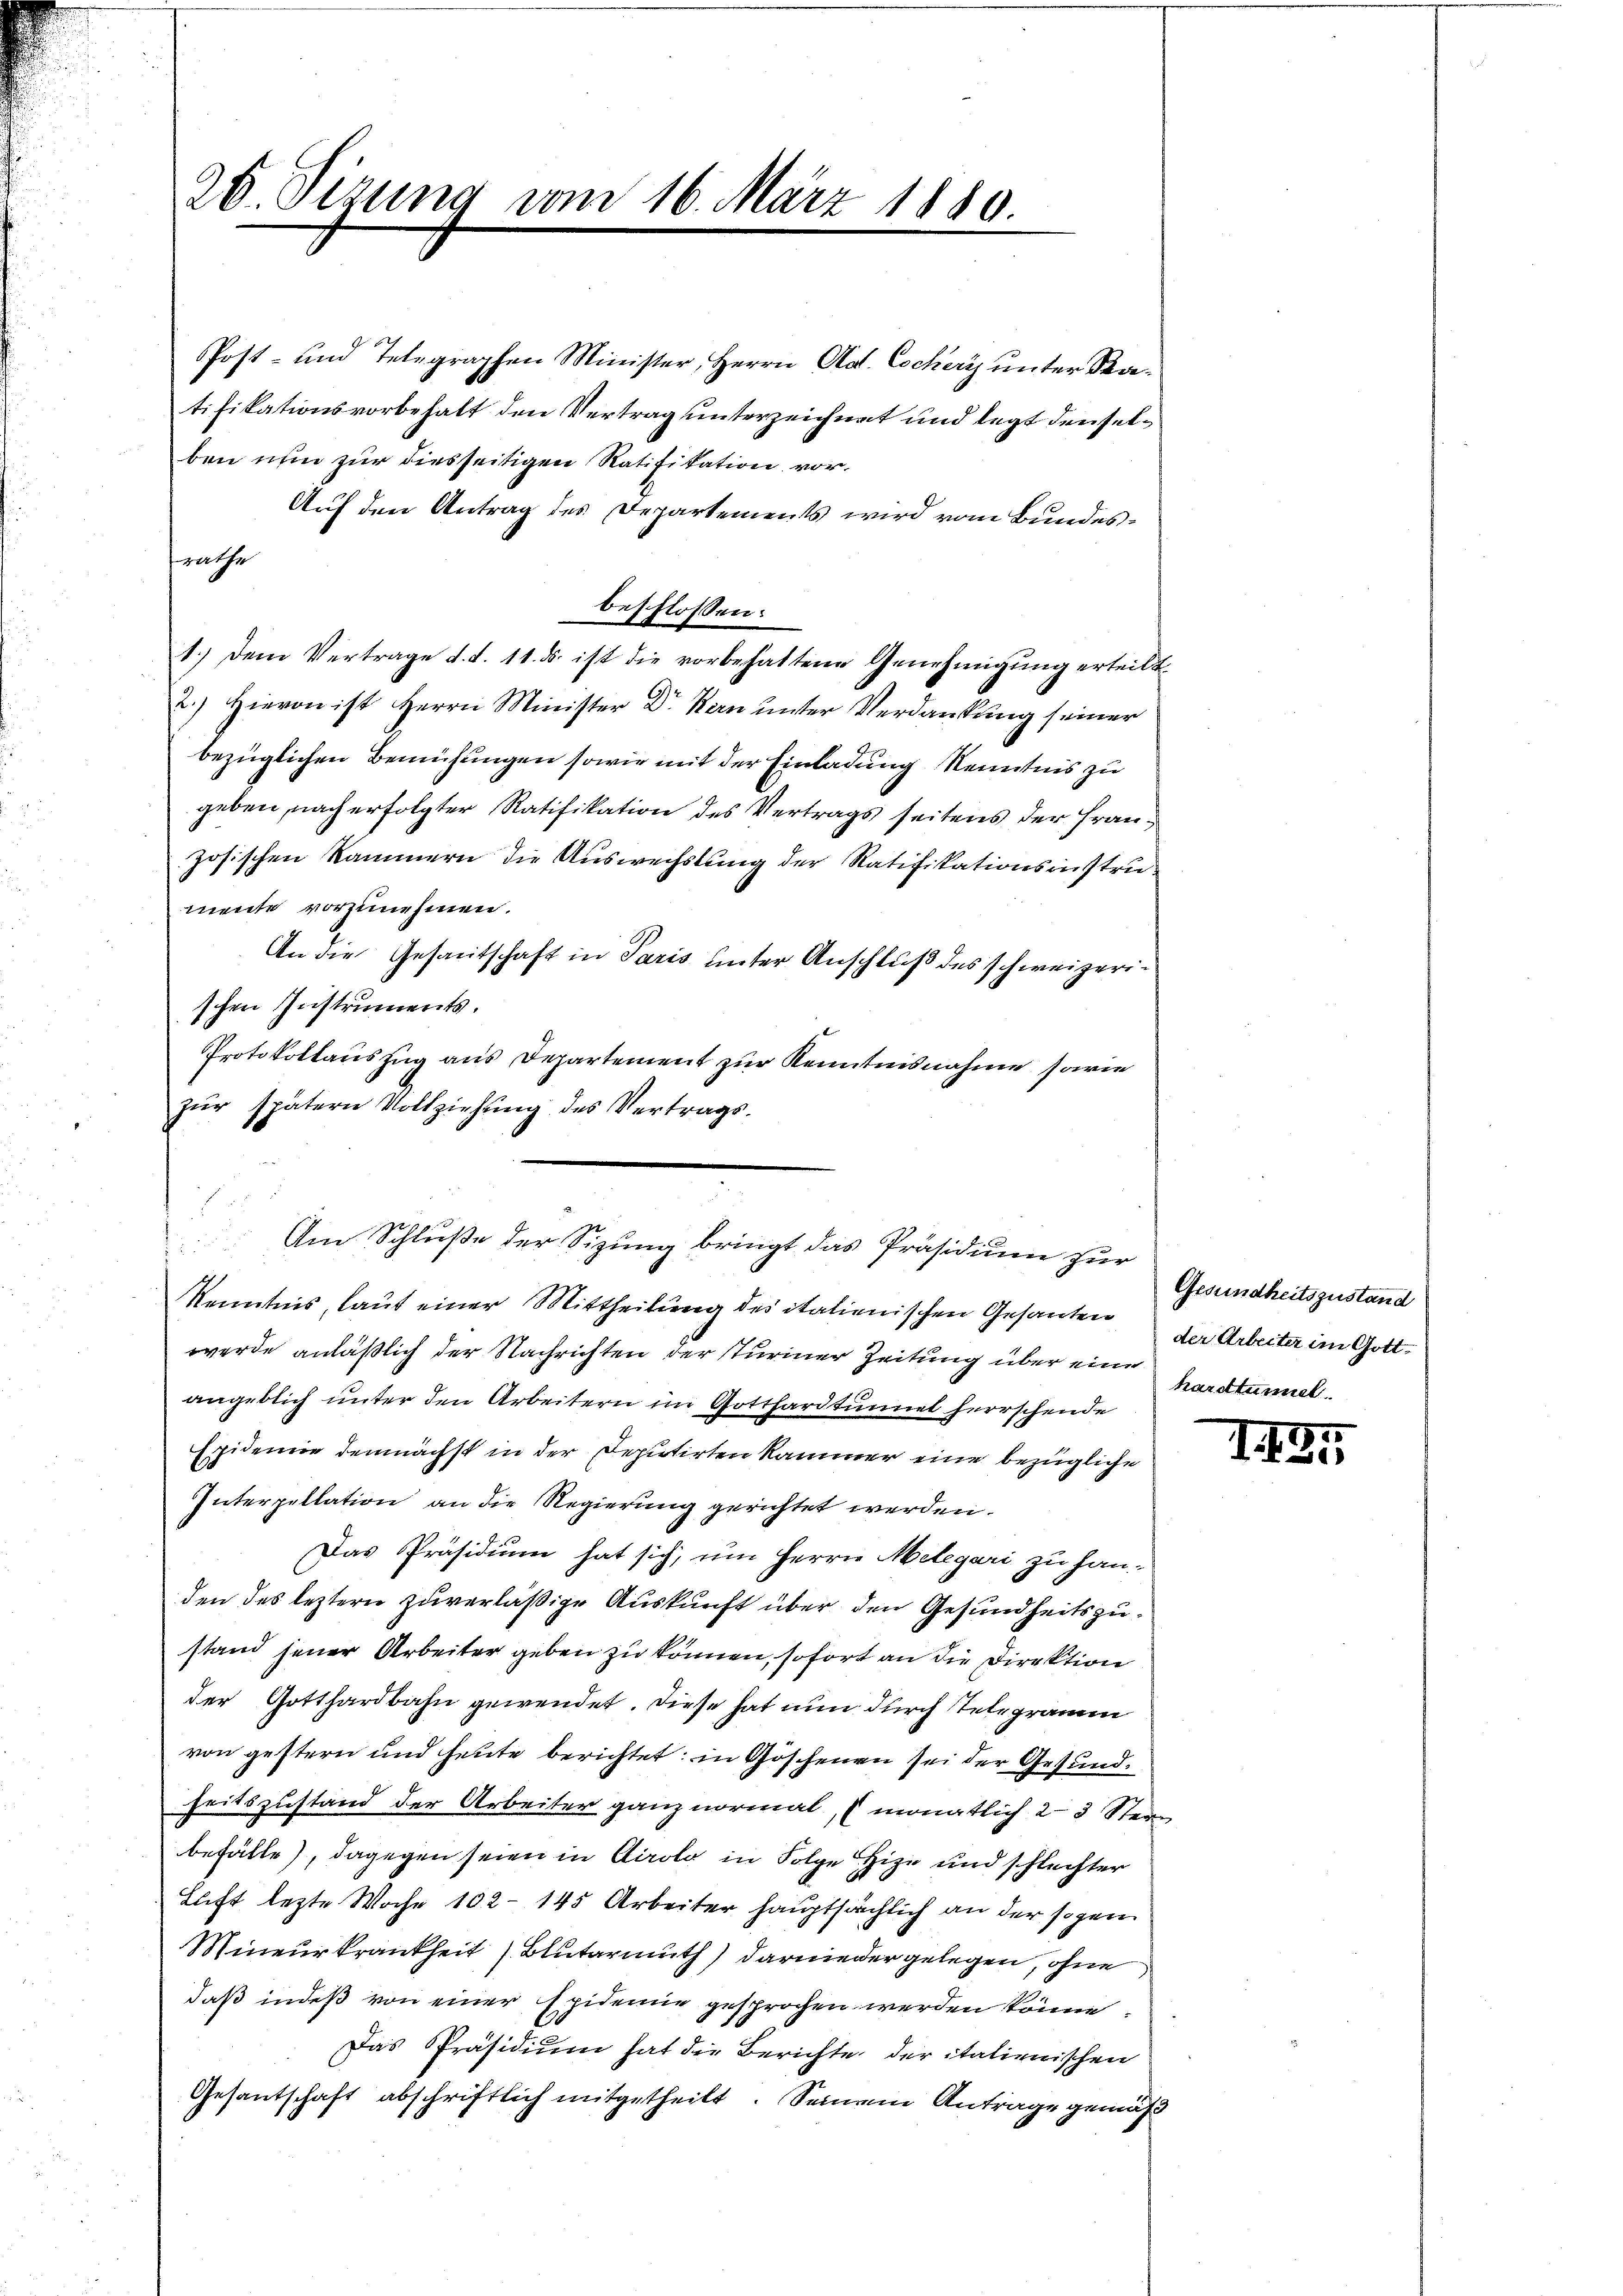
20. Sizung vom 16. März 1880.

Post- und Telegraphen Minister, Herrn Ad. Cocheri unter Statifikationsvorbehalt den Vertrag unterzeichnet und legt denselben nun zur diesseitigen Ratifikation vor.
Auf den Antrag des Departements wird vom Bundestrathe
beschlossen:
1.) Dem Vertrage d. d. 11. ds. ist die vorbehaltene Genehmigŭng erteilt.
2.) Hievon ist Herrn Minister Dr. Kern unter Verdankung seiner
bezüglichen Bemühungen sowie mit der Einladung Kenntnis zu
geben, nach erfolgter Ratifikation des Vertrags seitens der Französischen Kammern die Auswechslung der Ratifikationsinstre
mente vorzunehmen.
An die Gesantschaft in Paris unter Anschluß des schweizerischen Instruments.
Protokollauszug aus Departement zur Kenntnisnahme sowie
zŭr spätern Vollziehŭng des Vertrags-
r
Kenntnis, laut einer Mittheilung des italienischen Gesanten
werde anläßlich der Nachrichten der turiner Zeitung über eine
angeblich unter den Arbeitern im Gotthardtunnel herrschende
Epidemie demnächst in der Deputirten Kammer eine bezügliche
Interpellation an die Regierung gerichtet werden.
Das Präsidium hat sich, um Herrn Melegari zu handen des leztern zuverläßige Auskunft über den Gesundheitszustand jener Arbeiter geben zu können, sofort an die Direktion
der Gotthardbahn gewendet. Diese hat nun durch Telegramm
von gestern und heute berichtet: in Göschenen sei der Gesundheitszustand der Arbeiter ganz normal, (monatlich 2-3 Stern
befälle, dagegen seien in Airolo in Folge Hize und schlechter
Luft lezte Woche 102 - 145 Arbeiter hauptsächlich an der sogen
Mineurkrankheit Blutarmuth darnieder gelegen, ohne
daß indeß von einer Epidemie gesprochen werden könne.
Das Präsidium hat die Berichte der italienischen
Gesandtschaft abschriftlich mitgetheilt. Seinem Antrage gemäß

Am Schluße der Sizung bringt das Präsidium zur

Gesundheitszustand
der Arbeiter im Gotthardtunnel

I.191